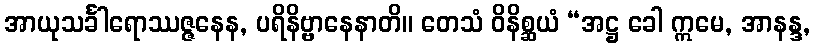
အာယုသင်္ခါရောဿဇ္ဇနေန, ပရိနိဗ္ဗာနေနာတိ။ တေသံ ဝိနိစ္ဆယံ “အဋ္ဌ ခေါ ဣမေ, အာနန္ဒ,